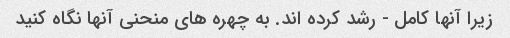
زیرا آنها کامل - رشد کرده اند. به چهره های منحنی آنها نگاه کنید